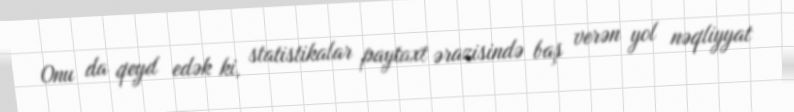
Onu da qeyd edək ki, statistikalar paytaxt ərazisində baş verən yol nəqliyyat